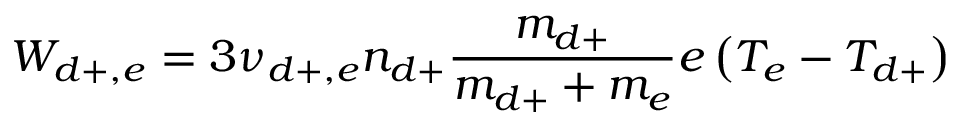
W _ { d + , e } = 3 \nu _ { d + , e } n _ { d + } \frac { m _ { d + } } { m _ { d + } + m _ { e } } e \left( T _ { e } - T _ { d + } \right)